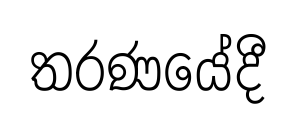
තරණයේදී